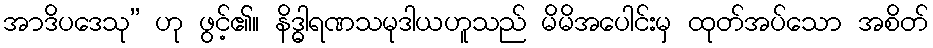
အာဒိပဒေသု” ဟု ဖွင့်၏။ နိဒ္ဓါရဏသမုဒါယဟူသည် မိမိအပေါင်းမှ ထုတ်အပ်သော အစိတ်